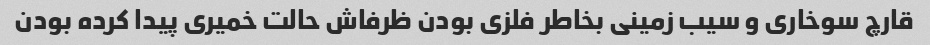
قارچ سوخاری و سیب زمینی بخاطر فلزی بودن ظرفاش حالت خمیری پیدا کرده بودن